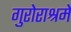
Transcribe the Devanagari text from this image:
गुरोराश्रमे